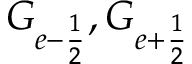
G _ { e - \frac { 1 } { 2 } } , G _ { e + \frac { 1 } { 2 } }